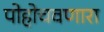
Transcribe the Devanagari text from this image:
पोहोचवणारा